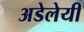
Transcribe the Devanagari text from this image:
अडेलेयी